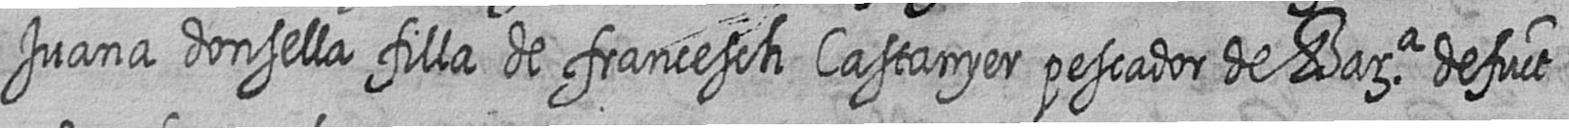
Juana donsella filla de francesch Castanyer pescador de Bara defuct